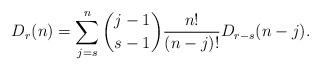
LaTeX: \begin{align*}D_r(n)=\sum_{j=s}^n {j-1\choose s-1}\frac{n!}{(n-j)!}D_{r-s}(n-j).\end{align*}